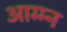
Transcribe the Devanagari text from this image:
आग्म्न